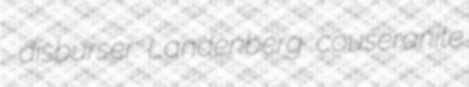
disburser Landenberg couseranite